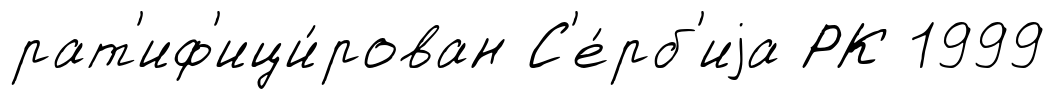
рат'иф'ици́рован С'е́рб'иjа РК 1999